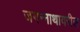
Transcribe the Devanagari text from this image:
जगन्नाथावरील